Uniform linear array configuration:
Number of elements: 24
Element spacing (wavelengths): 0.75
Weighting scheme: hamming
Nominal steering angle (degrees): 30
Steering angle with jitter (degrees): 29.492
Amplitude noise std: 0.05
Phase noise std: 0.05

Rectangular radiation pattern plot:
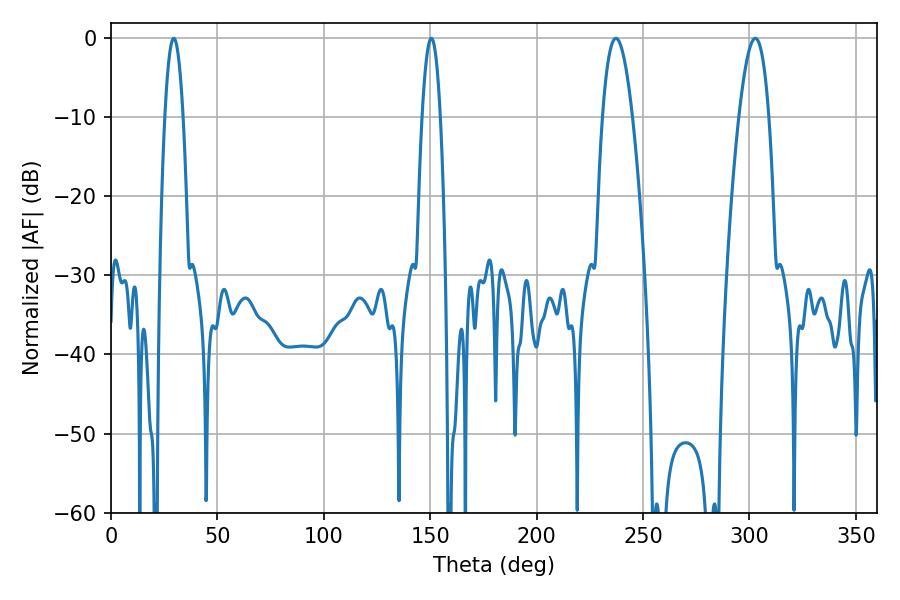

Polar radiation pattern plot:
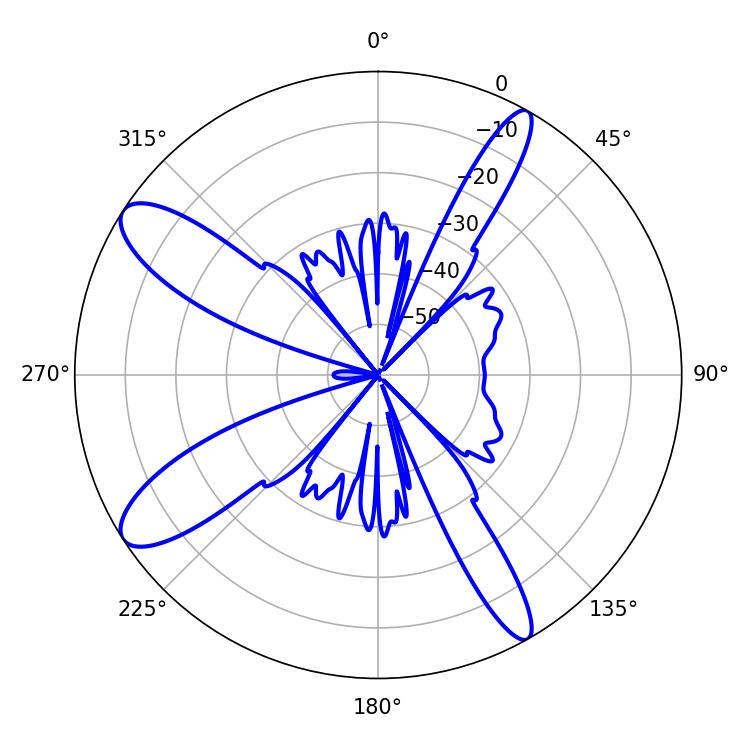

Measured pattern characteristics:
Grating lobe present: TRUE
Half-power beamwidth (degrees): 7.74
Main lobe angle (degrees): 237.24